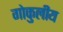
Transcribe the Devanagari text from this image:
गोकुलीय